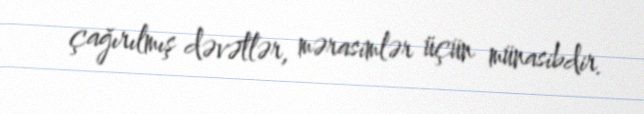
çağırılmış dəvətlər, mərasimlər üçün münasibdir.